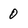
Character: 0